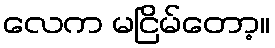
လေက မငြိမ်တော့။